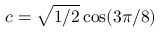
c = \sqrt { { 1 } / { 2 } } \cos ( { 3 \pi } / { 8 } )